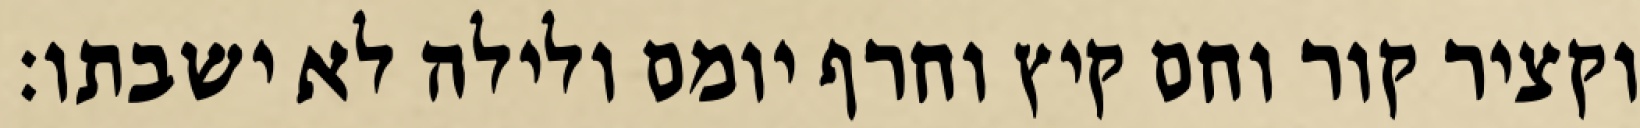
וקציר קור וחם קיץ וחרף יומם ולילה לא ישבתו׃